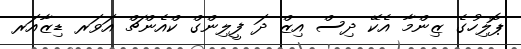
ޕޮލިހުގެ ޒިންމާ އެކޭ ދިސް އިޒް ދަ ފީލިންގް ކްއެންޗް އަވަރ ޑިޒާއަރ